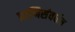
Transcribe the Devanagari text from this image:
प्राणिसंवर्धन